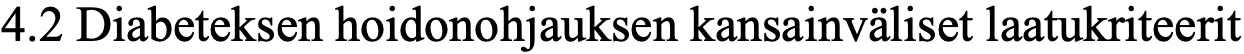
4.2 Diabeteksen hoidonohjauksen kansainväliset laatukriteerit